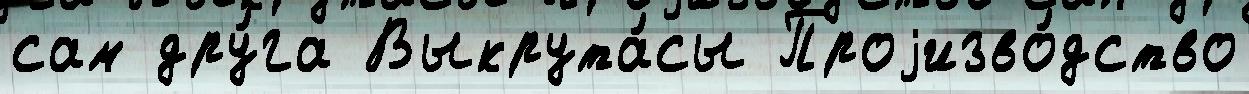
сам дру́га Выкрута́сы Проjизво́дство